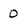
Character: o